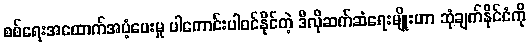
စစ်ရေးအထောက်အပံ့ပေးမှု ပါကောင်းပါဝင်နိုင်တဲ့ ဒီလိုဆက်ဆံရေးမျိုးဟာ ဆုံချက်နိုင်ငံကို